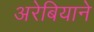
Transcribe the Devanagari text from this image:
अरेबियाने